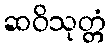
ဆဝိသုတ္တံ